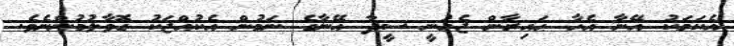
އެކަމަކު އޭނާ އެހާ ޙައިރާން ޖެހުނީ ސީދާ އޭނާގެ ނަމުން އެކުއްޖަކު ގޮވާލުމުންނެވެ.